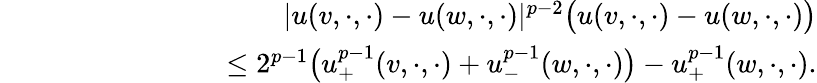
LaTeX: \begin{array}{rlr}&{}&{\lvert u(v,\cdot,\cdot)-u(w,\cdot,\cdot)\rvert^{p-2}\big(u(v,\cdot,\cdot)-u(w,\cdot,\cdot)\big)}\\ &{}&{\qquad\qquad\qquad\le 2^{p-1}\big(u_{+}^{p-1}(v,\cdot,\cdot)+u_{-}^{p-1}(w,\cdot,\cdot)\big)-u_{+}^{p-1}(w,\cdot,\cdot).}\end{array}